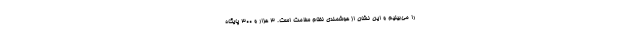
را می‌بینیم و این نشان از هوشمندی نظام سلامت است. ۳ هزار و ۳۰۰ پایگاه